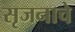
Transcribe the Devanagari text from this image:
सृजनाचे